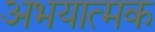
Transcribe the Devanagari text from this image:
अभयात्मक